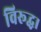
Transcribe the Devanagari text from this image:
विरूद्ध।